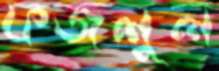
ফজলুল